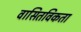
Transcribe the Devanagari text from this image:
वासितविकता